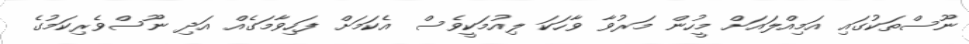
ނޫސްތަކުގައި އަމިއްލައަށް މީހުން މަރުވާ ވާހަކަ ލިއުމަކީވެސް އެކަމަށް ފަހިވާމަގެއް އަދި ނޫސްވެރިކަމުގެ